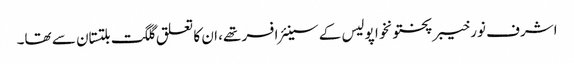
اشرف نور خیبرپختونخوا پولیس کے سینئر افسر تھے، ان کا تعلق گلگت بلتستان سے تھا۔